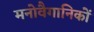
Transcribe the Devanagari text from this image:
मनोवैगानिकों